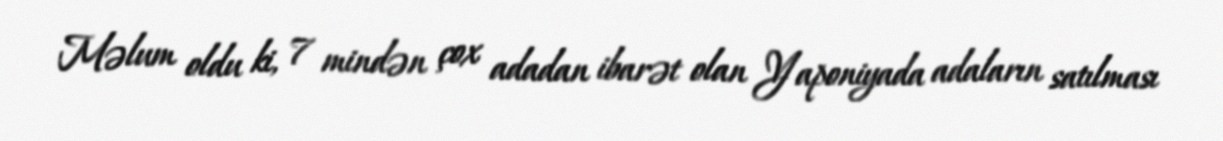
Məlum oldu ki, 7 mindən çox adadan ibarət olan Yaponiyada adaların satılması